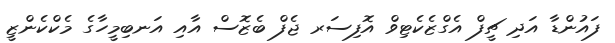
ފައުންޑާ އަދި ޗީފް އެގްޒެކެޓިވް އޮފިސަރ ޖެފް ބެޒޮސް އާއި އަނބިމީހާގެ މެކްކެންޒީ